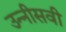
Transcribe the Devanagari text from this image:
उन्‍नीसवी